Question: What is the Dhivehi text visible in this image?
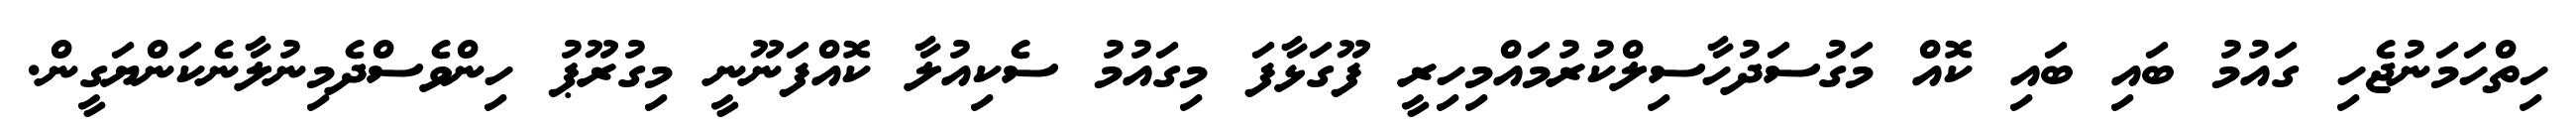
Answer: ހިތްހަމަނުޖެހި ގައުމު ބައި ބައި ކޮއް މަގުސަދުހާސިލްކުރުމައްމިހިރީ ފޫގަޅާފަ މިގައުމު ސެކިއުލާ ކޮއްފަނޫނީ މިގުރޫޕު ހިންވެސްދެމިނުލާނެކަންޔަގީން.